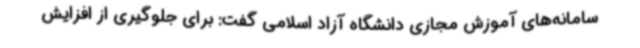
سامانه‌های آموزش مجازی دانشگاه آزاد اسلامی گفت: برای جلوگیری از افزایش